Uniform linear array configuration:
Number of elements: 8
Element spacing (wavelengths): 0.25
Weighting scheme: hamming
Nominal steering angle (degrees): -30
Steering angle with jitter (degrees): -30.172
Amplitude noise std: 0.05
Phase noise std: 0.05

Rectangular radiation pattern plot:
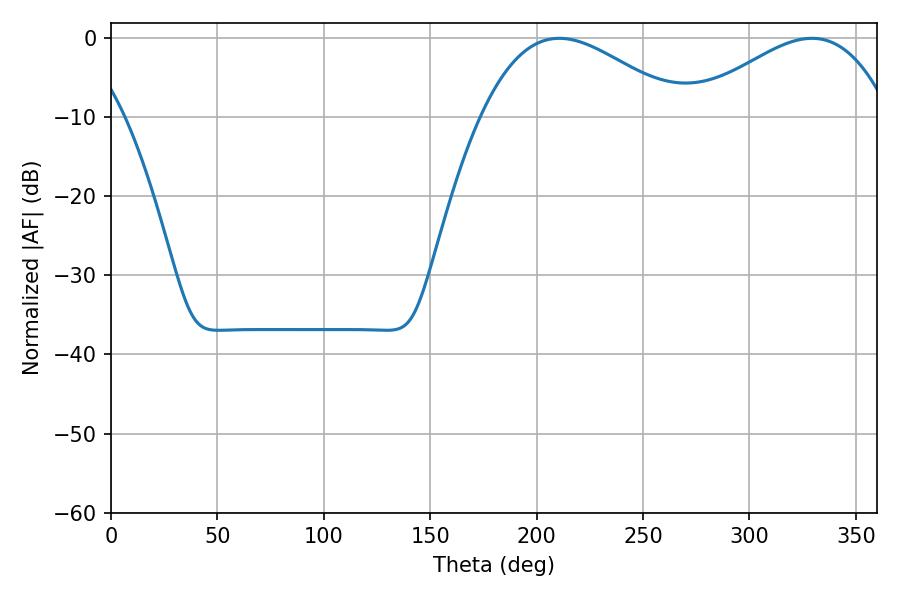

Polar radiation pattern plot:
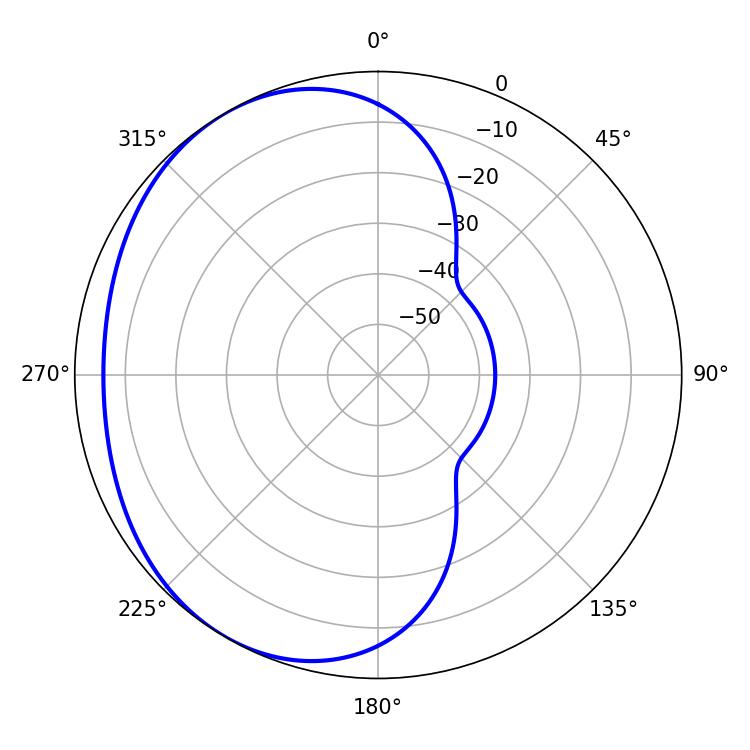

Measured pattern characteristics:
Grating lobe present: FALSE
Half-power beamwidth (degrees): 50.94
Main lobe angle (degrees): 210.6